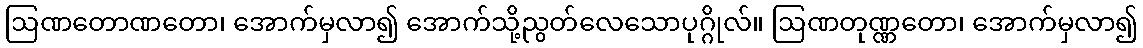
ဩဏတောဏတော၊ အောက်မှလာ၍ အောက်သို့ညွတ်လေသောပုဂ္ဂိုလ်။ ဩဏတုဏ္ဏတော၊ အောက်မှလာ၍